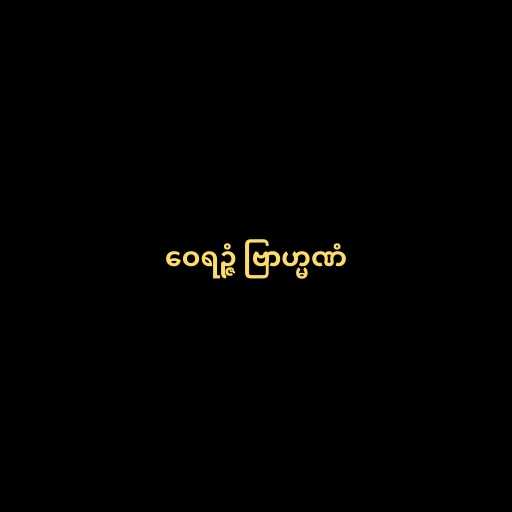
ဝေရဉ္ဇံ ဗြာဟ္မဏံ